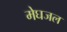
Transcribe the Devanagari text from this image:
मेघजल